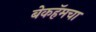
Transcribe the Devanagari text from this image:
बेकहॅमचा